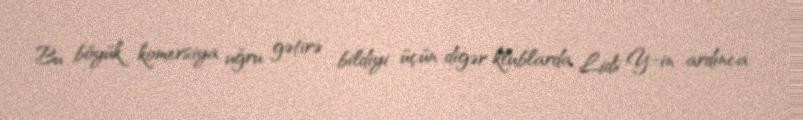
Bu böyük komersiya uğru gətirə bildiyi üçün digər klublarda Lids Y.-in ardınca